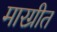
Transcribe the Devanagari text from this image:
मारग्रीत